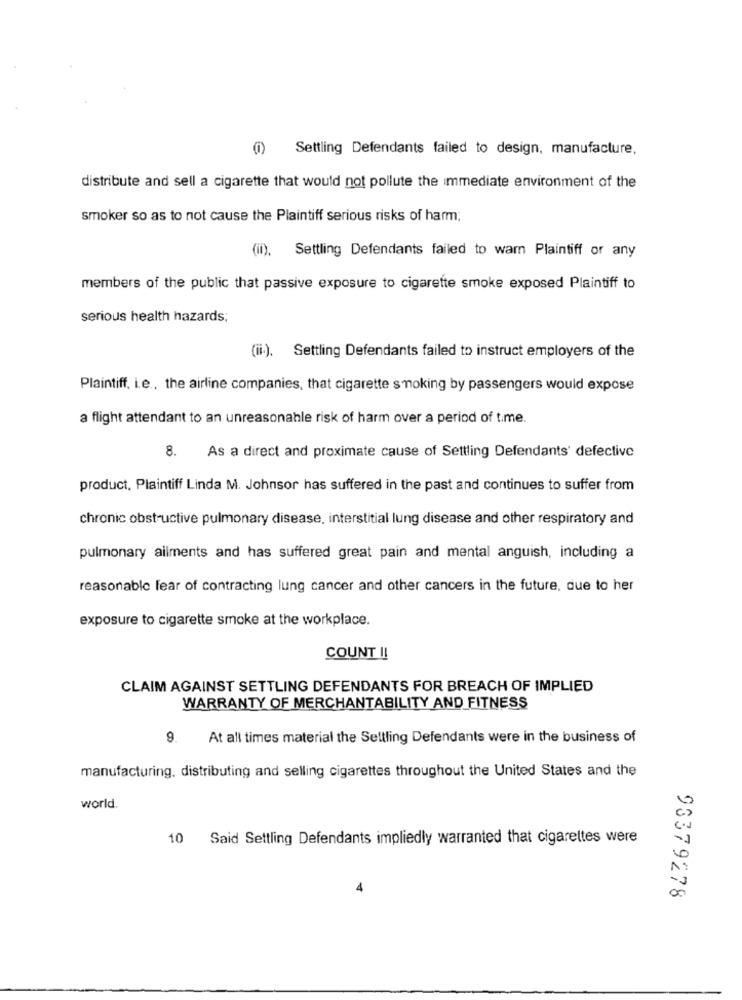
(i) Settling Defendants failed to design, manufacture,
distribute and sell a cigarette that would not pollute the immediate environment of the
smoker so as to not cause the Plaintiff serious risks of harm;
(ii).
Settling Defendants failed to warn Plaintiff or any
members of the public that passive exposure to cigarette smoke exposed Plaintiff to
serious health hazards;
(ii.). Settling Defendants failed to instruct employers of the
Plaintiff, i.e ., the airline companies, that cigarette smoking by passengers would expose
a flight attendant to an unreasonable risk of harm over a period of time.
8. As a direct and proximate cause of Settling Defendants' defective
product, Plaintiff Linda M. Johnsor has suffered in the past and continues to suffer from
chronic obstructive pulmonary disease, interstitial lung disease and other respiratory and
pulmonary ailments and has suffered great pain and mental anguish, including a
reasonable fear of contracting lung cancer and other cancers in the future, due to her
exposure to cigarette smoke at the workplace.
COUNT !!
CLAIM AGAINST SETTLING DEFENDANTS FOR BREACH OF IMPLIED
WARRANTY OF MERCHANTABILITY AND FITNESS
9. At all times material the Settling Defendants were in the business of
manufacturing, distributing and selling cigarettes throughout the United States and the
world.
10 Said Settling Defendants impliedly warranted that cigarettes were
0
93379278
00